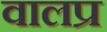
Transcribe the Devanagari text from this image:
वालप्र